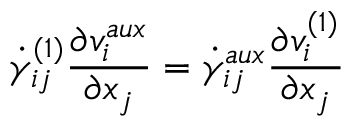
\dot { \gamma } _ { i j } ^ { ( 1 ) } \frac { \partial v _ { i } ^ { a u x } } { \partial x _ { j } } = \dot { \gamma } _ { i j } ^ { a u x } \frac { \partial v _ { i } ^ { ( 1 ) } } { \partial x _ { j } }